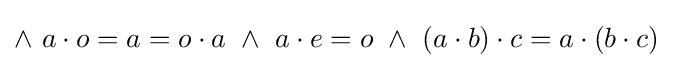
\land ~a\cdot o=a=o\cdot a~\land ~a\cdot e=o~\land ~(a\cdot b)\cdot c=a\cdot (b\cdot c)